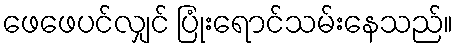
ဖေဖေပင်လျှင် ပြုံးရောင်သမ်းနေသည်။